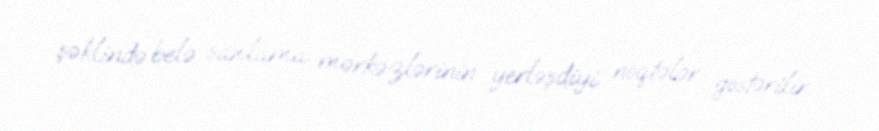
şəklində belə saxlama mərkəzlərinin yerləşdiyi nöqtələr göstərilir.